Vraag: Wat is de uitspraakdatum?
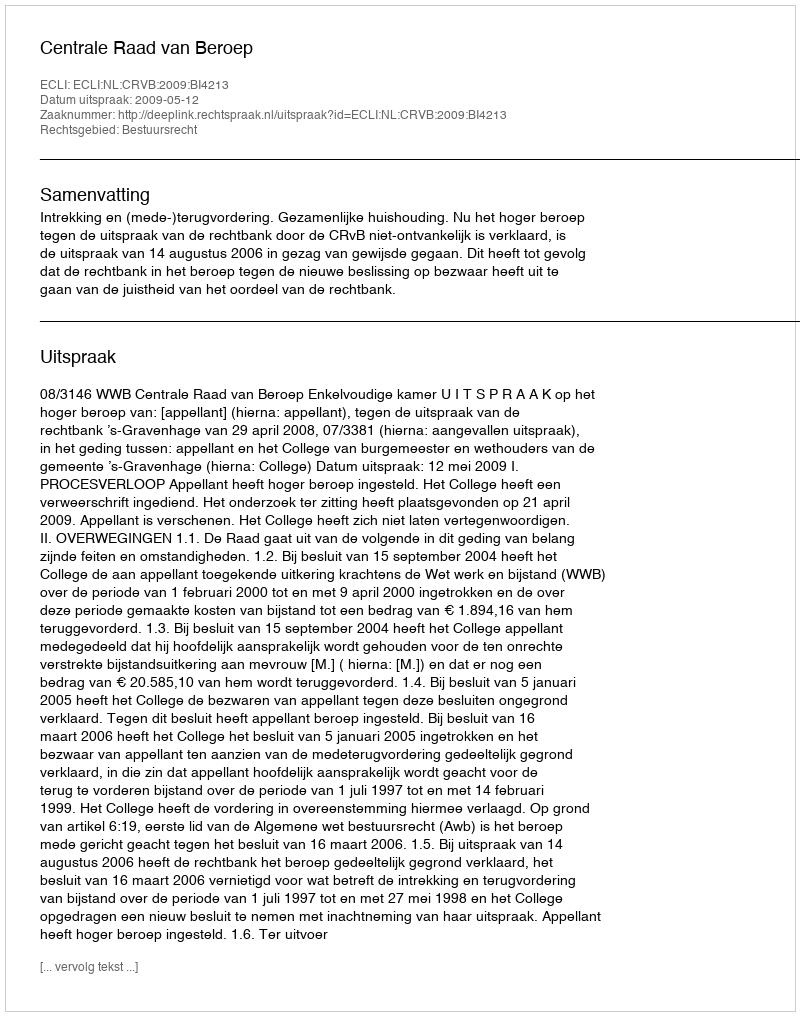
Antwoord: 2009-05-12